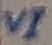
Text: VI